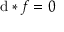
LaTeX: \mathrm { d } * f = 0